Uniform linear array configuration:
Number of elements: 24
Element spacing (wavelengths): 1
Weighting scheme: kaiser
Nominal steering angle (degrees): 30
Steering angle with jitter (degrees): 30.869
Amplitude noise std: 0.05
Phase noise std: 0.05

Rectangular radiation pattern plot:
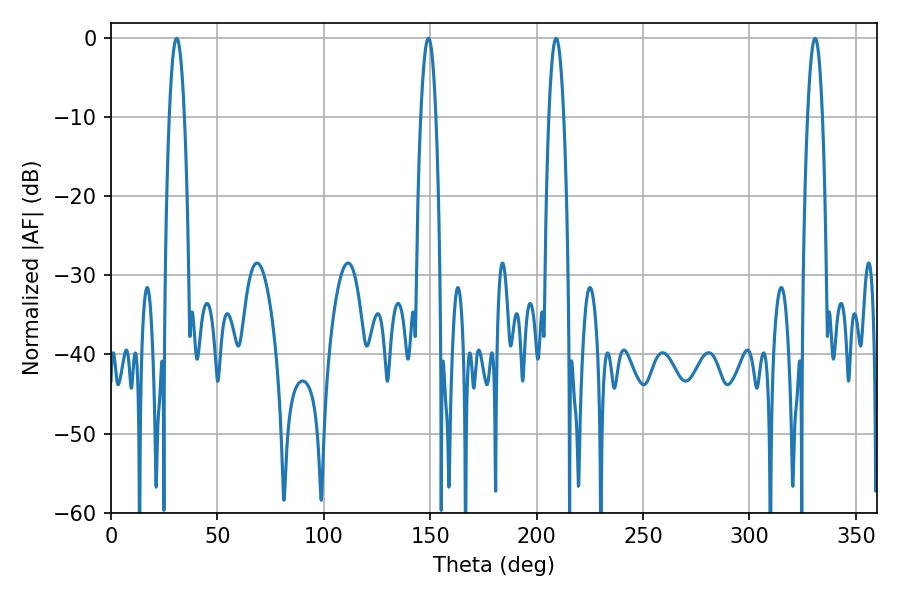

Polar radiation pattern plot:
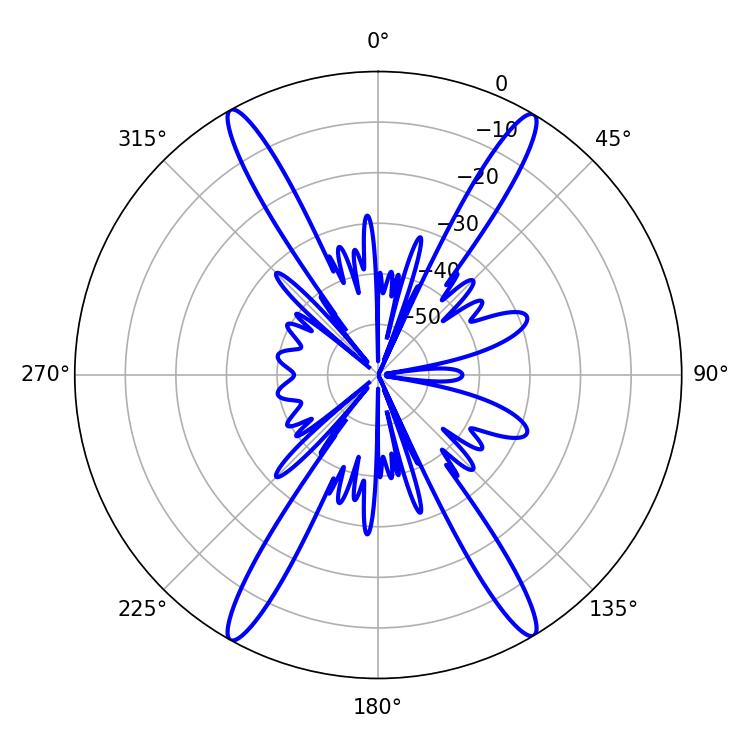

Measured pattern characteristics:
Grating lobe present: TRUE
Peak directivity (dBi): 25.673
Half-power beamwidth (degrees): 3.96
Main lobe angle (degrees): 209.16